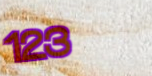
123